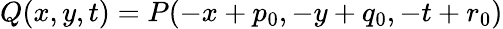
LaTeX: Q(x,y,t)=P(-x+p_{0},-y+q_{0},-t+r_{0})